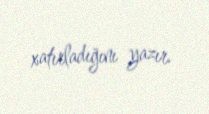
xatırladığını yazır.